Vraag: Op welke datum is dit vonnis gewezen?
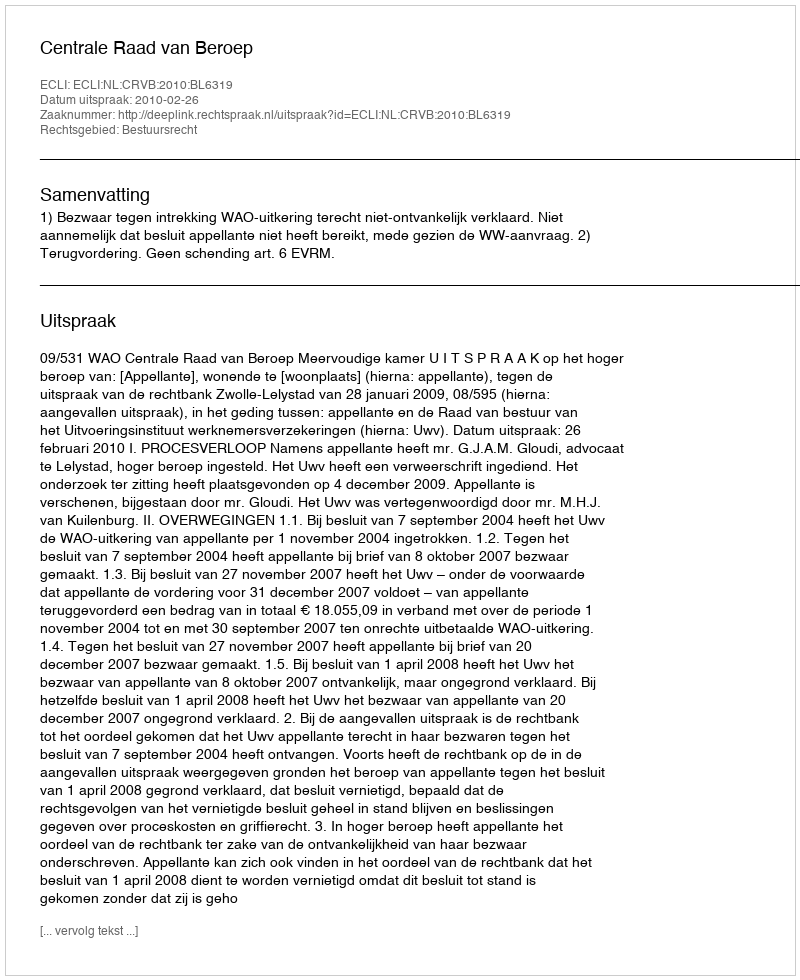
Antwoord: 2010-02-26